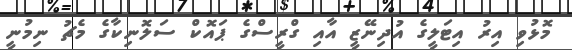
މޮޅުވި އިރު އިޓަލީގެ އުދިނޭޒީ އާއި ގްރީސްގެ ޕައޮކް ސަލޮނިކާގެ މެޗު ނިމުނީ